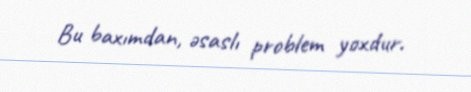
Bu baxımdan, əsaslı problem yoxdur.